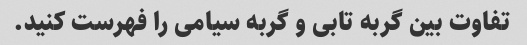
تفاوت بین گربه تابی و گربه سیامی را فهرست کنید.